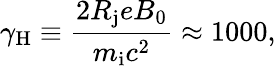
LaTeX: \gamma_{\mathrm{H}}\equiv\frac{2R_{\mathrm{j}}eB_{0}}{m_{\mathrm{i}}c^{2}}\approx 1000,